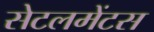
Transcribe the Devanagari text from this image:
सेटलमेंटस